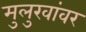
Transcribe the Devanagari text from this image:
मुलुखांवर